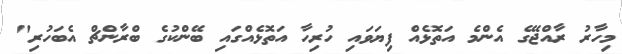
މިހާރު ރާއްޖޭގެ އެންމެ އަތޮޅެއް ފިޔަވައި ހުރިހާ އަތޮޅެއްގައި ބޭންކުގެ ބްރާންޗް އެބަހުރި"